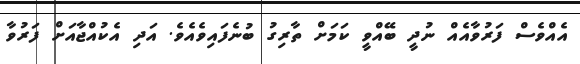
އެއްވެސް ފަރުވާއެއް ނުދީ ބޭއްވީ ކަމަށް ތާރިގު ބުނެފައިވެއެވެ. އަދި އެކުއްޖާއަށް ފަރުވާ